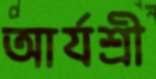
আর্যশ্রী